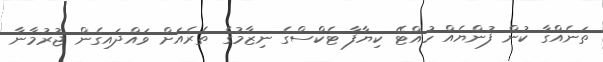
ތަނެއްގާ ކުން ފުންޔެެއް ހުއްޓޭ ކިޔާފާ ޓެކްސްގެ ނިޒާމުގެ ތެރެއަށް ވައްދައިގެން ޖުރުމާނާ